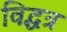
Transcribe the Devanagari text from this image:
विद्धत्र